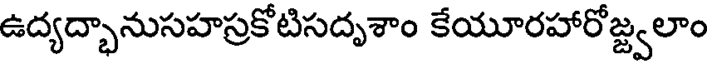
ఉద్యద్భానుసహస్రకోటిసదృశాం కేయూరహారోజ్జ్వలాం